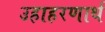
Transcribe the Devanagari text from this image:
उहाहरणार्थ